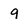
Character: 9